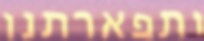
ותפארתנו